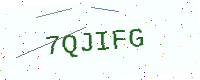
Text: 7QJIFG